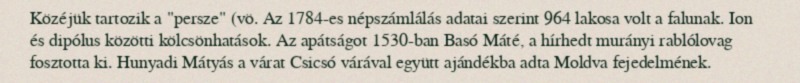
Közéjük tartozik a "persze" (vö. Az 1784-es népszámlálás adatai szerint 964 lakosa volt a falunak. Ion és dipólus közötti kölcsönhatások. Az apátságot 1530-ban Basó Máté, a hírhedt murányi rablólovag fosztotta ki. Hunyadi Mátyás a várat Csicsó várával együtt ajándékba adta Moldva fejedelmének.